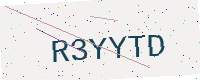
Text: R3YYTD